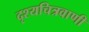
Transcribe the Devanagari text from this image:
दृश्यचित्रवाणी